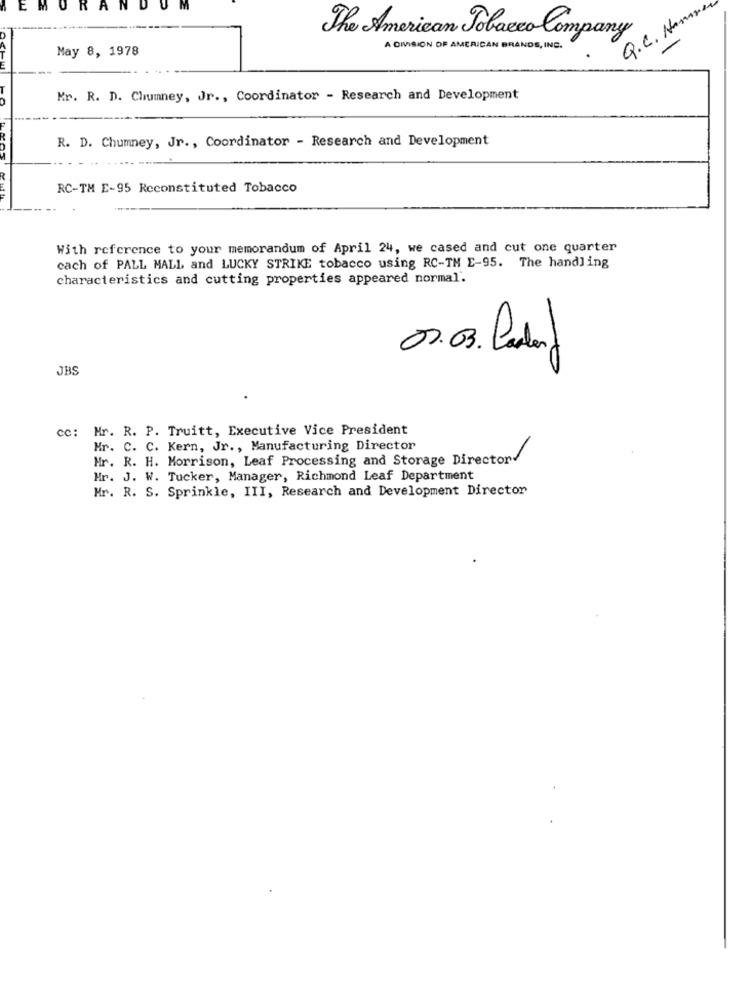
: M
Q.C. Hammer
The American Tobacco Company
May 8, 1978
A DIVISION OF AMERICAN BRANDS, INC.
Mr. R. D. Chumney, Jr ., Coordinator - Research and Development
R. D. Chumney, Jr ., Coordinator - Research and Development
RC-TM E-95 Reconstituted Tobacco
With reference to your memorandum of April 24, we cased and cut one quarter
cach of PALL MALL and LUCKY STRIKE tobacco using RC-TM E-95. The handling
characteristics and cutting properties appeared normal'.
02.03. Poder
JBS
cc: Mr. R. P. Truitt, Executive Vice President
Mr. C. C. Kern, Jr ., Manufacturing Director
Hr. R. H. Morrison, Leaf Processing and Storage Director.
Hr. J. W. Tucker, Manager, Richmond Leaf Department
Mr. R. S. Sprinkle, III, Research and Development Director